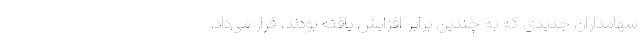
سهامداران جدیدی که به چندین برابر افزایش یافته بودند، قرار می‌داد.